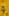
و